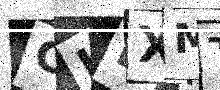
Text: CILXMT